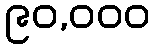
၉၀,၀၀၀